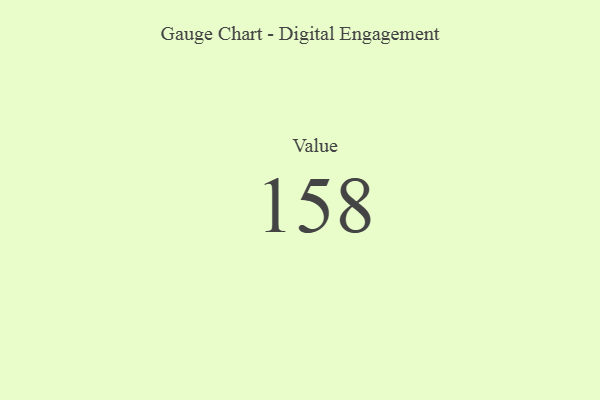
{"axis": {"x": "Metric", "y": "Value"}, "legend": [""], "data": [{"x": "Value", "y": 158, "type": ""}]}